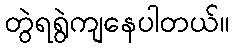
တွဲရရွဲကျနေပါတယ်။